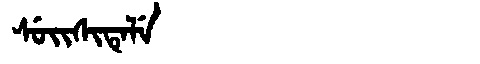
Manchu: ᠰᡠᡳᠰᡳᡨᡝᠯᡝ
Romanization: SUISITELE